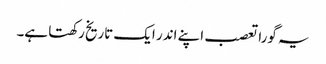
یہ گورا تعصب اپنے اندر ایک تاریخ رکھتا ہے۔